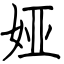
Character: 娅